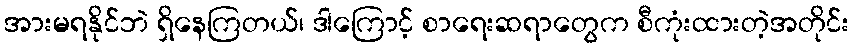
အားမရနိုင်ဘဲ ရှိနေကြတယ်၊ ဒါကြောင့် စာရေးဆရာတွေက စီကုံးထားတဲ့အတိုင်း